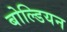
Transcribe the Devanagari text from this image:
बोल्डियन